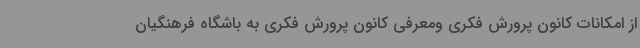
از امکانات کانون پرورش فکری ومعرفی کانون پرورش فکری به باشگاه فرهنگیان